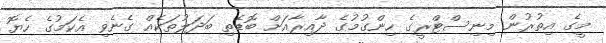
މީގެ އިތުރުން މިނިސްޓްރީގެ ހިންގުމުގެ ދާއިރާއަށް ބޮޑެތި ބަދަލުތަކެއް ގެނެވި އެކަމުގެ ހެޔޮ